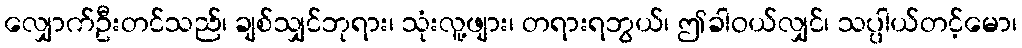
လျှောက်ဦးတင်သည်၊ ချစ်သျှင်ဘုရား၊ သုံးလူ့ဖျား၊ တရားရဘွယ်၊ ဤခါဝယ်လျှင်၊ သပ္ပါယ်တင့်မော၊